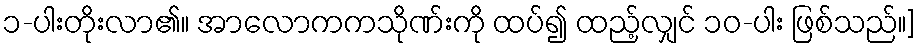
၁-ပါးတိုးလာ၏။ အာလောကကသိုဏ်းကို ထပ်၍ ထည့်လျှင် ၁၀-ပါး ဖြစ်သည်။]